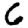
Digit: 6